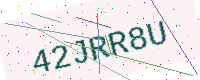
Text: 42JRR8U